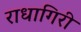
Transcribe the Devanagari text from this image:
राधागिरी